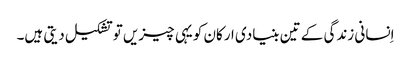
اِنسانی زندگی کے تین بنیادی ارکان کویہی چیزیں توتشکیل دیتی ہیں۔